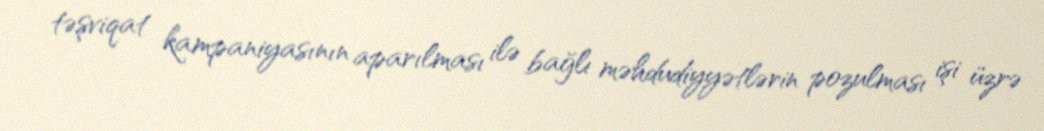
təşviqat kampaniyasının aparılması ilə bağlı məhdudiyyətlərin pozulması işi üzrə